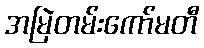
အမြဲတမ်းကော်မတီ